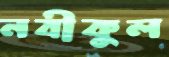
নবীকুল